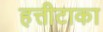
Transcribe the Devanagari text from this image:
हत्तीटाका